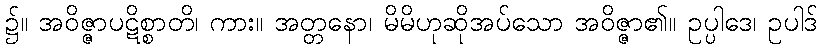
၌။ အဝိဇ္ဇာပဋိစ္စာတိ၊ ကား။ အတ္တနော၊ မိမိဟုဆိုအပ်သော အဝိဇ္ဇာ၏။ ဥပ္ပါဒေ၊ ဥပါဒ်